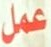
عمل